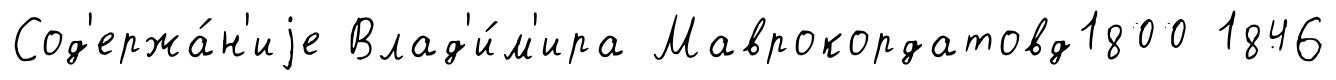
Сод'ержа́н'иjе Влад'и́м'ира Маврокордатовд1800 1846